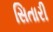
સિતારી